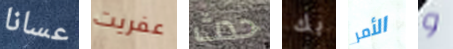
عسانا عفريت حدث بك الأمر و